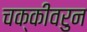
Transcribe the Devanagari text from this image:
चक्कीवरुन